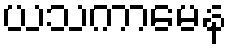
ယသကာမေန